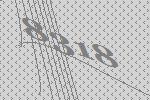
8318